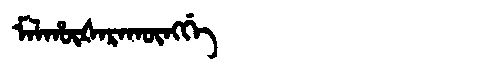
Manchu: ᠮᠠᠯᡥᡡᡧᠠᡵᠠᡴᡡᠩᡤᡝ
Romanization: MALHŪŠARAKŪNGGE